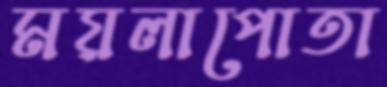
ময়লাপোতা